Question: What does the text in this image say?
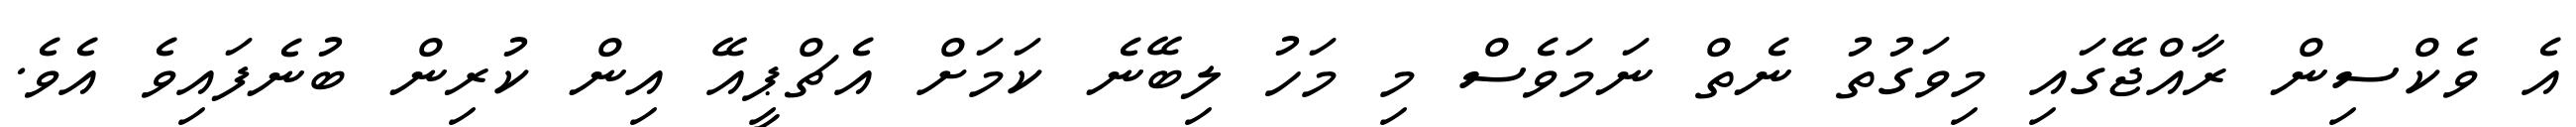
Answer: އެ ވެކްސިން ރާއްޖޭގައި މިވަގުތު ނެތް ނަމަވެސް މި މަހު ލިބޭނެ ކަމަށް އެޗްޕީއޭ އިން ކުރިން ބުނެފައިވެ އެވެ.